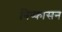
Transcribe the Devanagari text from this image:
निष्‍कासन